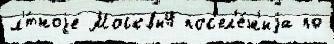
л'́тноjе Москвы4 пос'ел'е́н'иjа по